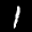
Label: 1